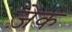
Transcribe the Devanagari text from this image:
ज़ेक